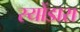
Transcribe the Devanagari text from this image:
स्योंडारा